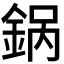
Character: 𬫚